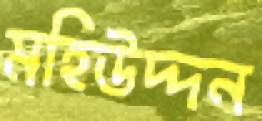
মহিউদ্দন